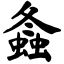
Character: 螽